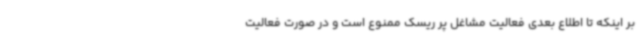
بر اینکه تا اطلاع بعدی فعالیت مشاغل پر ریسک ممنوع است و در صورت فعالیت